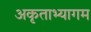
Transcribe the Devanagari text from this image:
अकृताभ्यागम